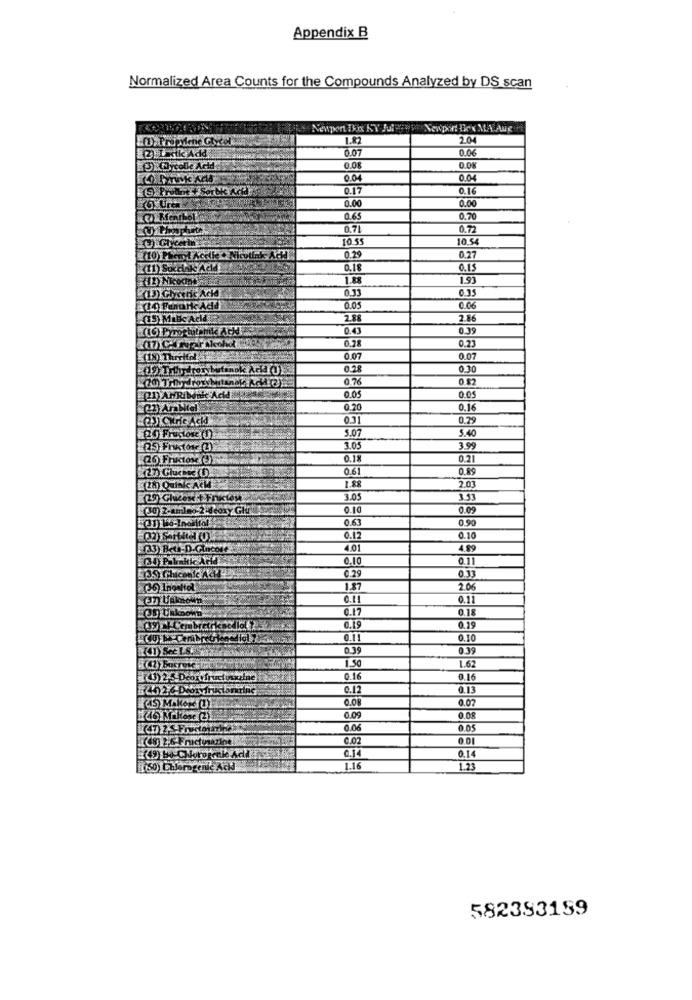
Appendix B
Normalized Area Counts for the Compounds Analyzed by DS scan
(1),Propylene Chytel
1.87
2.04
k Add
0.0
0.06
colle Acid
D.OK
0.04
0.04
0.16
0.00
0.00
0.65
0.70
0.71
0.72
10 55
10.5
(10) Phant Acs
0.25
0.27
(11) Suceink Add
0.18
0.15
1.88
1.93
0.33
0.35
(13) Glyceric Acid
(14) Fanuric Acid
0.05
0.06
(5) Milk
BOAEd
2.88
2.86
0.43
0.39
0.28
0.23
(18) Threlfol
0.07
0.07
0.30
0.76
0.82
0.0.
21) ANRIMRic Acid
0.05
23) Arabitel
0.20
0.16
0.31
0.79
5.07
5.40
3.05
3.99
(26 Fructose (3)
0.18
0.21
0.61
0.89
1.88
2.03
(29) Ghucest + Fructe
3.05
1.43
(30) 2-amino-2-44oxy Glu
0.10
0.6
0.90
0.12
0.10
#133 Bet-D.Cincode
4.01
4.89
0.10
0.11
0 29
0.33
(36 Inositol
1.87
2.06
37) Umowy
0.11
0.17
0.18
0.19
0.19
0.11
0.10
0.39
0.39
1.50
1.62
0.16
0.16
0.12
0.13
(45 MakeKYU
0.08
0.07
0.09
0.06
((8) 2-6- Fructunarine
C.02
0.01
0.14
1.16
1.23
582393159